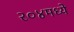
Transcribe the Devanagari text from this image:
२०४मध्ये